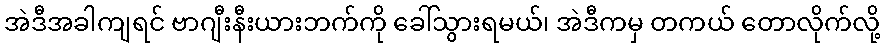
အဲဒီအခါကျရင် ဗာဂျီးနီးယားဘက်ကို ခေါ်သွားရမယ်၊ အဲဒီကမှ တကယ် တောလိုက်လို့